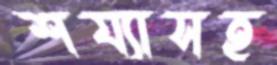
শয্যাসহ